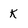
Character: k